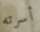
أسرته